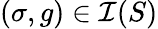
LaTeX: (\sigma,g)\in\mathcal{I}(S)